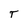
Character: T